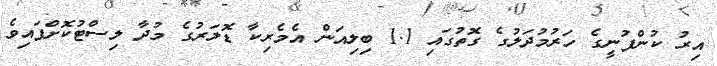
އިރު ކުންފުނީގެ ހަރުމުދަލުގެ ގޮތުގައި 1.1 ބިލިއަން އެމެރިކާ ޑޮލަރުގެ މުދާ ލިސްޓުކޮށްފައިވެ